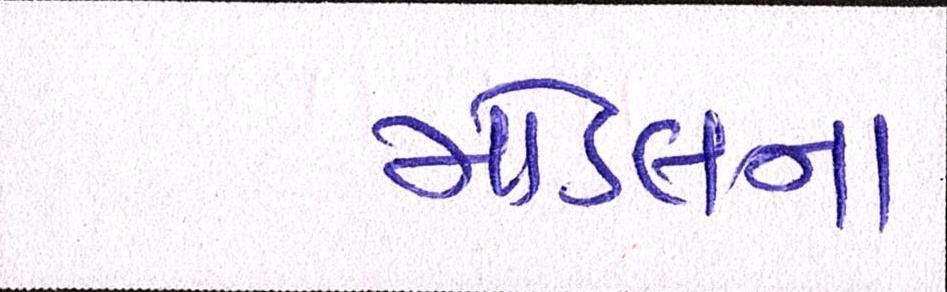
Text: મોડલના